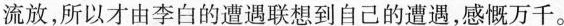
流放，所以才由李白的遭遇联想到自己的遭遇，感慨万千。